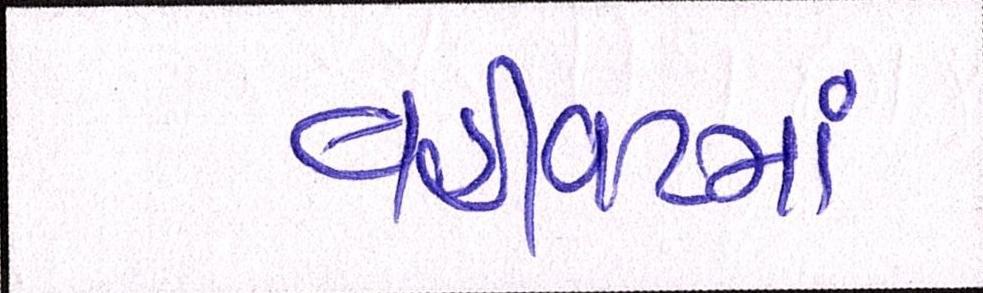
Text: વહીવટમાં